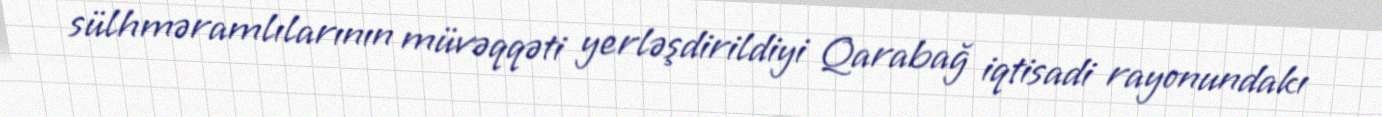
sülhməramlılarının müvəqqəti yerləşdirildiyi Qarabağ iqtisadi rayonundakı